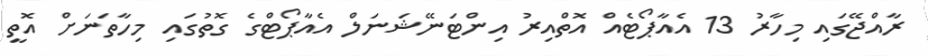
ރާއްޖޭގައި މިހާރު 13 އެއާޕޯޓެއް އޮތްއިރު އިންޓަނޭޝަނަލް އެއާޕޯޓްގެ ގޮތުގައި މިހާތަނަށް އޮތީ